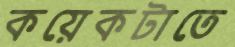
কয়েকটাতে